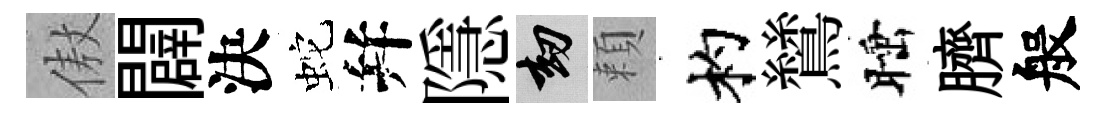
傲闢決蛇幷隱劫頼杓鷥睡臍般